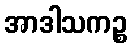
အာဒါသကဉ္စ